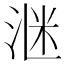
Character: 𪶈